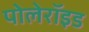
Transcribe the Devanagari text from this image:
पोलेरॉइड